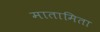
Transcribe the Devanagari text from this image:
मातामिता